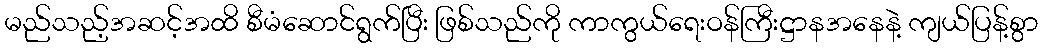
မည်သည့်အဆင့်အထိ စီမံဆောင်ရွက်ပြီး ဖြစ်သည်ကို ကာကွယ်ရေးဝန်ကြီးဋ္ဌာနအနေနဲ့ ကျယ်ပြန့်စွာ